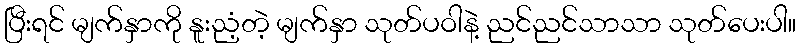
ပြီးရင် မျက်နှာကို နူးညံ့တဲ့ မျက်နှာ သုတ်ပဝါနဲ့ ညင်ညင်သာသာ သုတ်ပေးပါ။